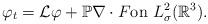
LaTeX: \begin{align*}\begin{aligned}\varphi_t&={\mathcal{L}}\varphi +\mathbb{P}\nabla \cdot F\textrm{on}\ L^{2}_{\sigma}(\mathbb{R}^{3}).\\\end{aligned}\end{align*}